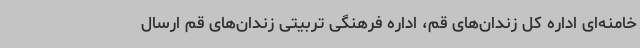
خامنه‌ای اداره کل زندان‌های قم، اداره فرهنگی تربیتی زندان‌های قم ارسال